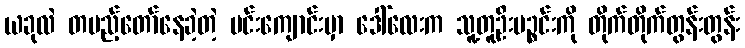
ယခုလဲ တပည့်တော်နေခဲ့တဲ့ ပင်းကျောင်းမှာ ဒေါ်လေးက သူ့တူဦးပဉ္စင်းကို တိုက်တိုက်တွန်းတွန်း